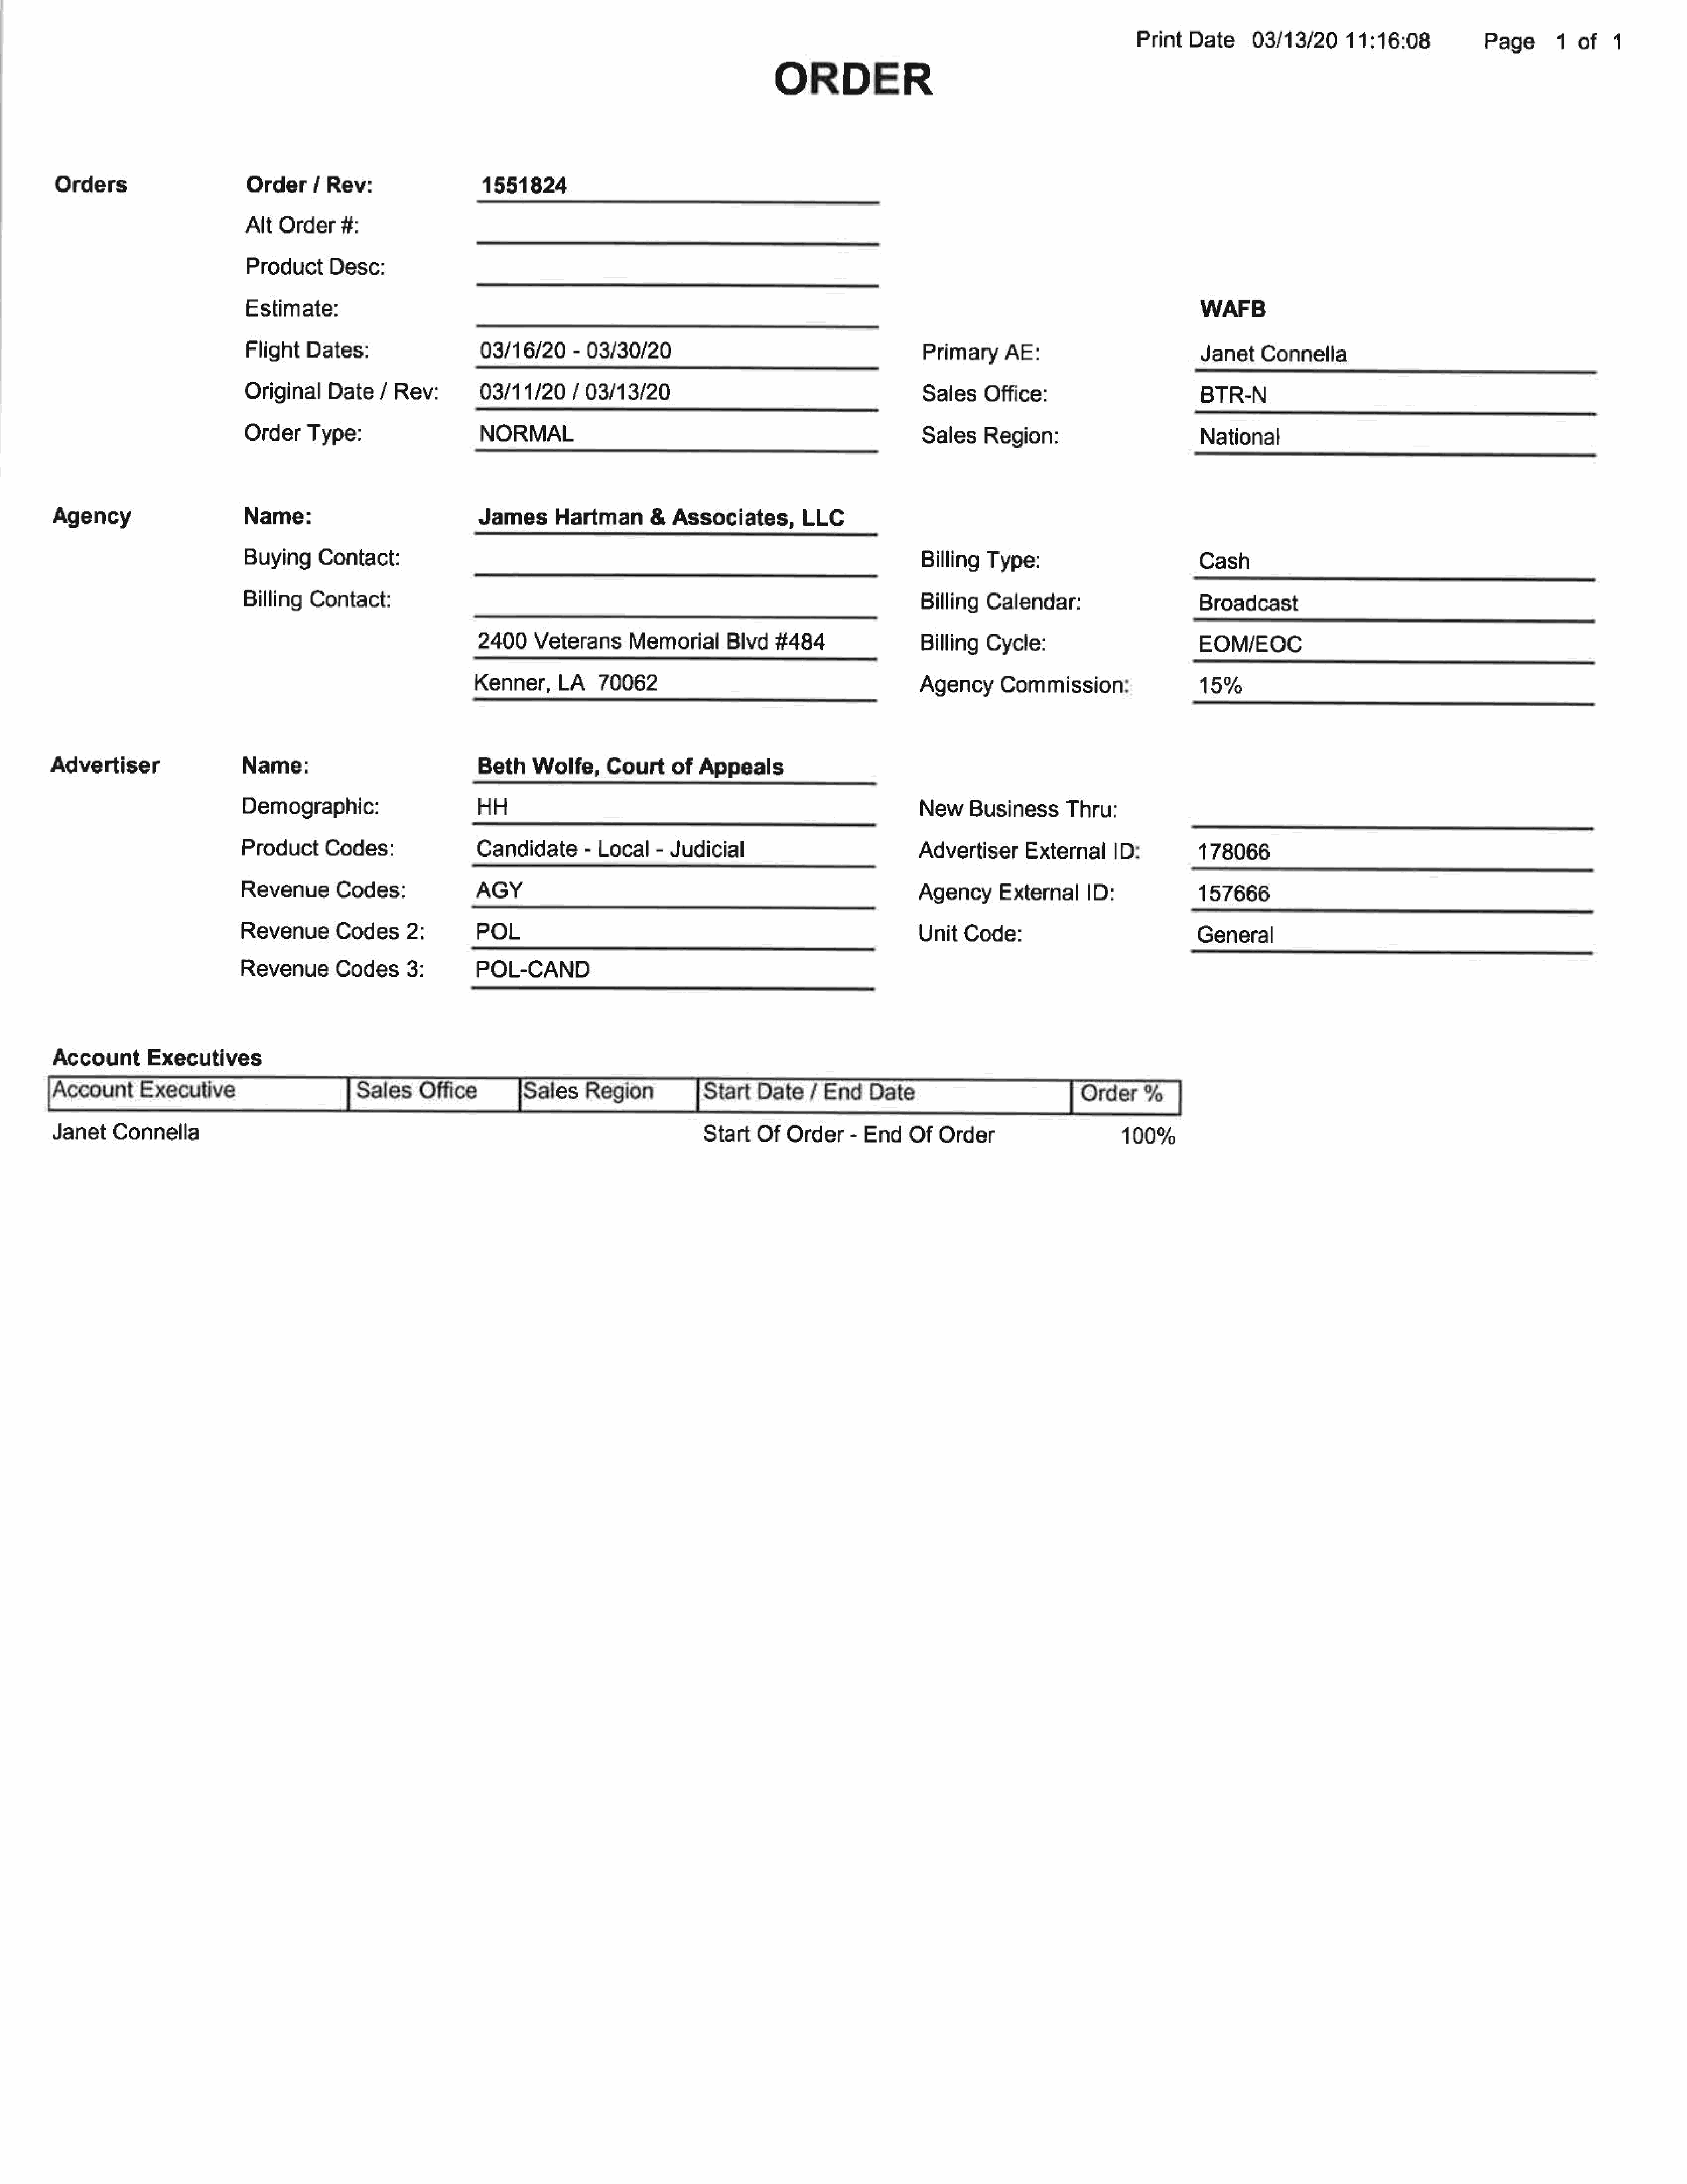
Print  Date     03/13/20     11:16:08
 Page       1  of   1
 Orders                     Order/      Rev:                  1551824
 Alt  Order    #:
 Product     Desc:
 Estimate:                                                                                                                                WAFB
 Flight   Dates:                   03/16/20     - 03/30/20                                        Primary     AE:                         Janet   Connella
 Original    Date   / Rev:         03/11/20     / 03/13/20                                        Sales    Office:                        BTR-N
 OrderType:                        NORMAL                                                         Sales    Region:                        National
 Agency                     Name:                            James      Hartman       &  Associates,        LLC
 Buying     Contact:                                                                              Billing  Type:                          Cash
 Billing  Contact:
 Billing  Calendar:                      Broadcast
 2400    Veterans      Memorial      Blvd   #484
 Billing  Cycle:                         EOM/EOC
 Kenner,     LA    70062                                         Agency     Commission:                  15%
 Advertiser                  Name:                            Beth    Wolfe,     Court    of  Appeals
 Demographic:                        H                                                            New    Business     Thru:
 Product     Codes:               Candidate       - Local   - Judicial                           Advertiser      External    ID:
 Revenue      Codes:
 Agency      External    ID:
 Revenue       Codes     2:                                                                       Unit   Code:
 Revenue       Codes3:
 Account      Executives
 Account     Executive                      Sales    Office         Sales    Region           Start  Date    / End   Date
 Janet   Connella                                                                             Start  Of   Order   -  End   Of  Order                     100%